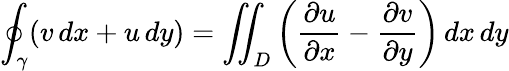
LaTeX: \oint_{\gamma}(v\, dx+u\, dy)=\iint_{D}\left({\frac{\partial u}{\partial x}}-{\frac{\partial v}{\partial y}}\right)\, dx\, dy